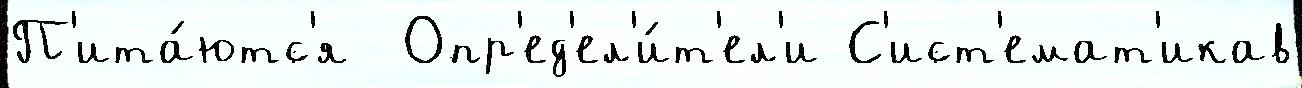
П'ита́ютс'я  Опр'ед'ел'и́т'ел'и С'ист'емат'икав